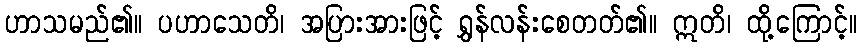
ဟာသမည်၏။ ပဟာသေတိ၊ အပြားအားဖြင့် ရွှန်လန်းစေတတ်၏။ ဣတိ၊ ထို့ကြောင့်။